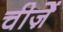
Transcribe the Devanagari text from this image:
चीजे़ें